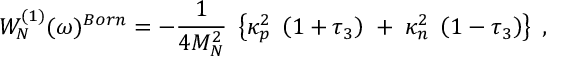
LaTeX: W _ { N } ^ { ( 1 ) } ( \omega ) ^ { B o r n } = - \frac { 1 } { 4 M _ { N } ^ { 2 } } \; \left\{ \kappa _ { p } ^ { 2 } \; \left( 1 + \tau _ { 3 } \right) \; + \; \kappa _ { n } ^ { 2 } \; \left( 1 - \tau _ { 3 } \right) \right\} \; ,